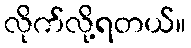
လိုက်လို့ရတယ်။